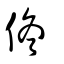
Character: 佟